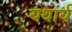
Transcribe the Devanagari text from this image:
यथार्य